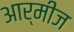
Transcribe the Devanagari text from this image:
आर्मीज